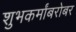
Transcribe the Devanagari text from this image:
शुभकर्मांबरोबर